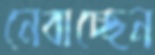
নেবাচ্ছেন